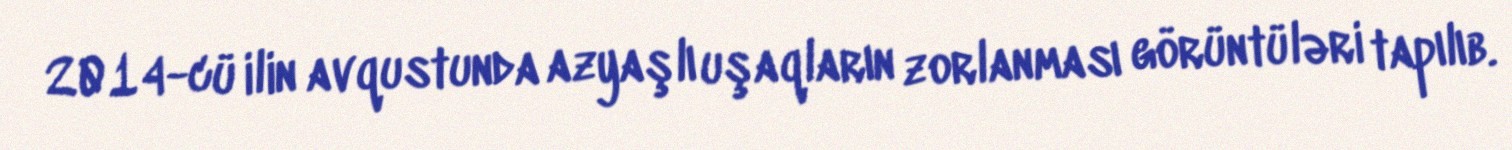
2014-cü ilin avqustunda azyaşlı uşaqların zorlanması görüntüləri tapılıb.